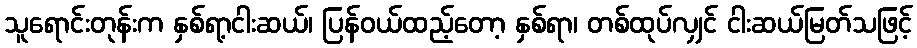
သူရောင်းတုန်းက နှစ်ရာ့ငါးဆယ်၊ ပြန်ဝယ်ထည့်တော့ နှစ်ရာ၊ တစ်ထုပ်လျှင် ငါးဆယ်မြတ်သဖြင့်